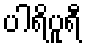
ပါရိပူရီ